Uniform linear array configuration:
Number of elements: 4
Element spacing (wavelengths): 0.75
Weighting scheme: hamming
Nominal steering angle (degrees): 60
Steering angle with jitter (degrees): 60.158
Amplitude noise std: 0.05
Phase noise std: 0.05

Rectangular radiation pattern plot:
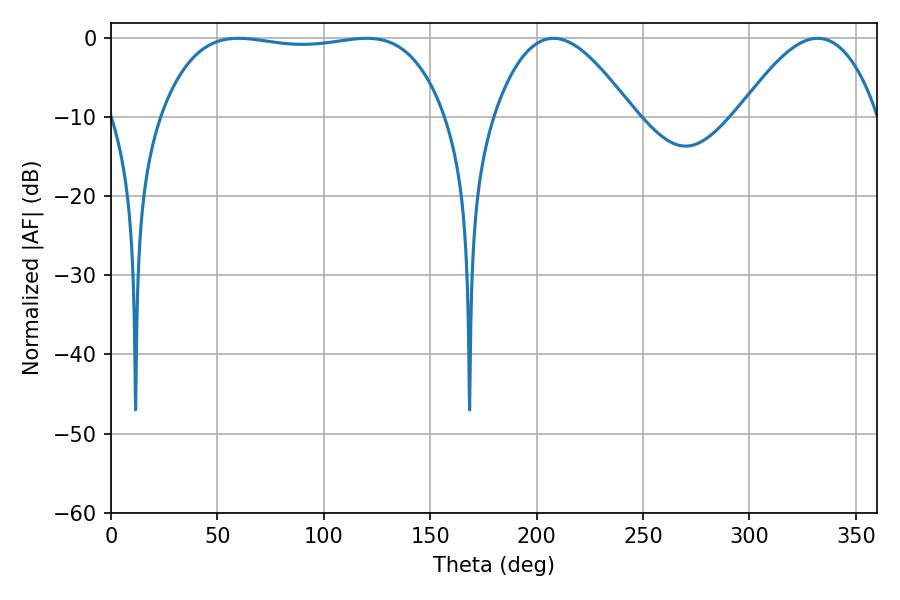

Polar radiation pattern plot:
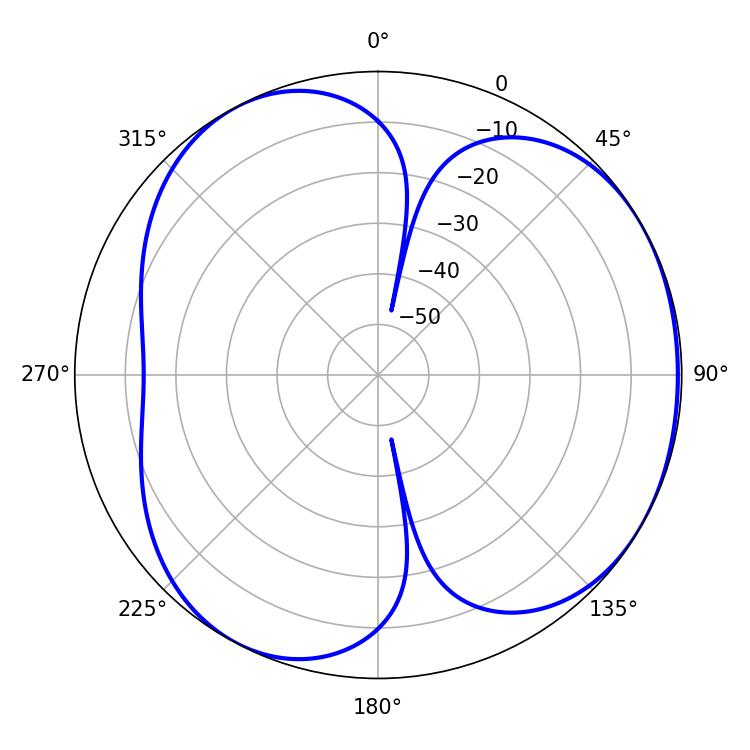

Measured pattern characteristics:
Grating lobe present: TRUE
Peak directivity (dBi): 4.018
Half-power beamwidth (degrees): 35.46
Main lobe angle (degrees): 207.9